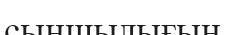
сыншылығын